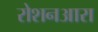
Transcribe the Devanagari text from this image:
रोशनआरा